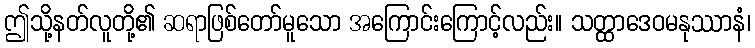
ဤသို့နတ်လူတို့၏ ဆရာဖြစ်တော်မူသော အကြောင်းကြောင့်လည်း။ သတ္ထာဒေဝမနုဿာနံ၊